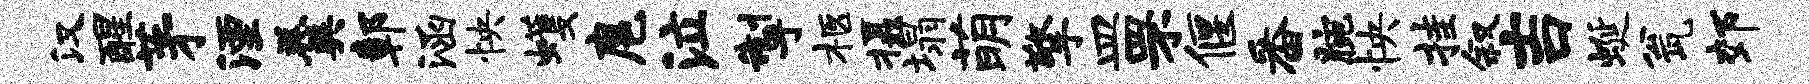
汉醒茅湮羹鄣涵怏蠖扈泣掣柩摄塌萌擎皿罘偃番腕怏挂叙吉蜒瓮郊